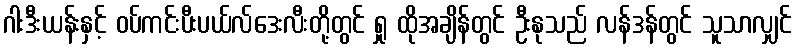
ဂါးဒီးယန်းနှင့် ဝပ်ကင်းပီးပယ်လ်ဒေးလီးတို့တွင် ရှု ထိုအချိန်တွင် ဦးနုသည် လန်ဒန်တွင် သူသာလျှင်